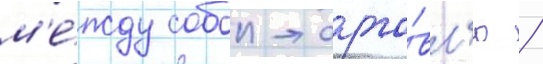
м'е́жду собои торго́вл'ю /